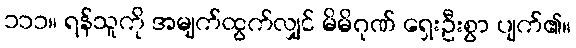
၁၁၁။ ရန်သူကို အမျက်ထွက်လျှင် မိမိဂုဏ် ရှေးဦးစွာ ပျက်၏။